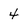
Character: 4